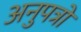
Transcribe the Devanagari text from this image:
अनुपत्रों